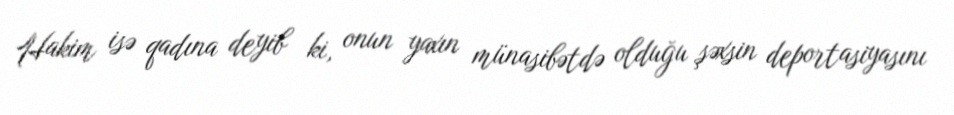
Hakim isə qadına deyib ki, onun yaxın münasibətdə olduğu şəxsin deportasiyasını